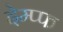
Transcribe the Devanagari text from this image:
देम्प्फ